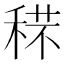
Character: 𥟼